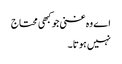
اے وہ غنی جو کبھی محتاج
نہیں ہوتا ۔